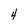
Character: 4